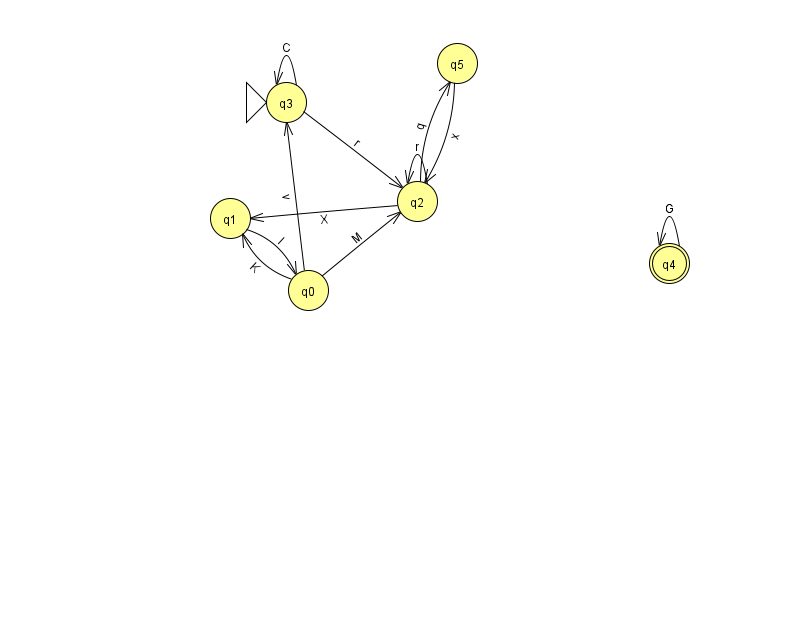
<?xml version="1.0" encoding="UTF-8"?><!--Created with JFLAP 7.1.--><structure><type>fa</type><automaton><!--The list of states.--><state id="0" name="q0"><x>308.0</x><y>277.0</y></state><state id="1" name="q1"><x>230.0</x><y>205.0</y></state><state id="2" name="q2"><x>417.0</x><y>188.0</y></state><state id="3" name="q3"><x>286.0</x><y>89.0</y><initial/></state><state id="4" name="q4"><x>669.0</x><y>250.0</y><final/></state><state id="5" name="q5"><x>457.0</x><y>50.0</y></state><!--The list of transitions.--><transition><from>2</from><to>2</to><read>r</read></transition><transition><from>0</from><to>1</to><read>K</read></transition><transition><from>0</from><to>3</to><read>v</read></transition><transition><from>3</from><to>3</to><read>C</read></transition><transition><from>0</from><to>2</to><read>M</read></transition><transition><from>1</from><to>0</to><read>l</read></transition><transition><from>5</from><to>2</to><read>x</read></transition><transition><from>4</from><to>4</to><read>G</read></transition><transition><from>2</from><to>1</to><read>X</read></transition><transition><from>2</from><to>5</to><read>q</read></transition><transition><from>3</from><to>2</to><read>r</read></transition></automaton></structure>